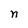
Character: n